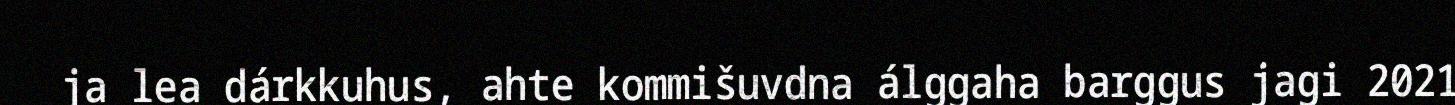
ja lea dárkkuhus, ahte kommišuvdna álggaha barggus jagi 2021